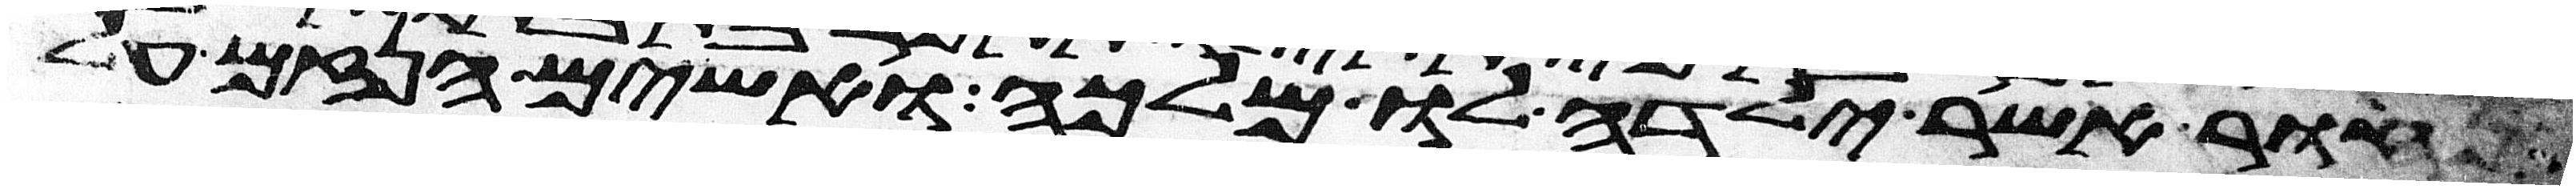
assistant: נחור אשר ילדה לו מלכה ואשים הנזם על